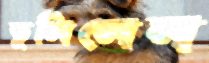
ভুলিলেন